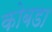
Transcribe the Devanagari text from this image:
कोबडा